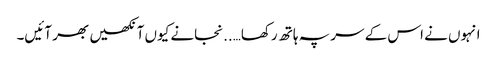
انہوں نے اس کے سر پہ ہاتھ رکھا…..نجانے کیوں آنکھیں بھر آئیں۔